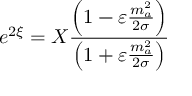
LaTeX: e ^ { 2 \xi } = X \frac { \left( 1 - \varepsilon \frac { m _ { a } ^ { 2 } } { 2 \sigma } \right) } { \left( 1 + \varepsilon \frac { m _ { a } ^ { 2 } } { 2 \sigma } \right) }